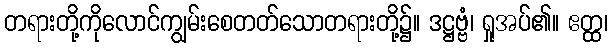
တရားတို့ကိုလောင်ကျွမ်းစေတတ်သောတရားတို့၌။ ဒဋ္ဌဗ္ဗံ၊ ရှုအပ်၏။ ဧတ္ထ၊